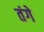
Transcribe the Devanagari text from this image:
तंगे